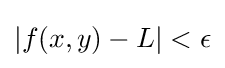
\left|f(x,y)-L\right|<\epsilon